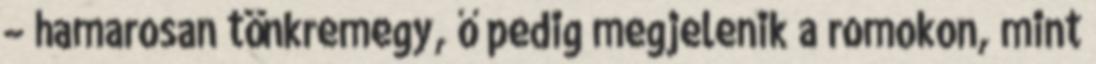
– hamarosan tönkremegy, ő pedig megjelenik a romokon, mint